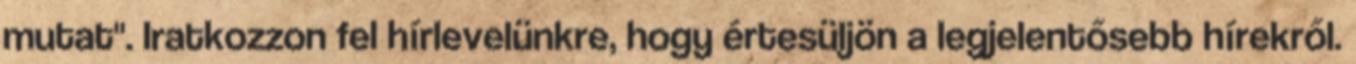
mutat". Iratkozzon fel hírlevelünkre, hogy értesüljön a legjelentősebb hírekről.